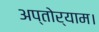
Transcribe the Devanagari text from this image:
अप्तोर्याम।